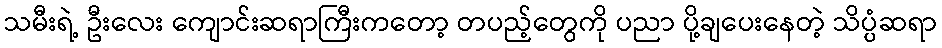
သမီးရဲ့ ဦးလေး ကျောင်းဆရာကြီးကတော့ တပည့်တွေကို ပညာ ပို့ချပေးနေတဲ့ သိပ္ပံဆရာ